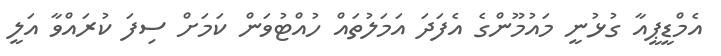
އެމްޑީޕީއާ ގުޅުނީ މައުމޫންގެ އެފަދަ އަމަލުތައް ހުއްޓުވަން ކަމަށް ސިފަ ކުރައްވާ އަލީ